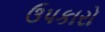
ઉપકારો